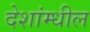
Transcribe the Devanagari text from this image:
देशांम्धील